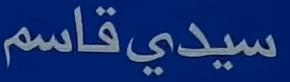
سيدي قاسم